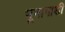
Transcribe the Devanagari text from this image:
भूभागाशी